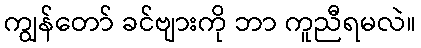
ကျွန်တော် ခင်ဗျားကို ဘာ ကူညီရမလဲ။